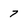
Character: 7